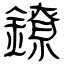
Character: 鐐